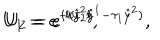
U _ { 1 } = e ^ { - i \hat { y } ^ { 2 } l } , \hspace { 1 0 m m } U _ { 2 } = e ^ { i l ( \tau _ { 2 } \hat { y } ^ { 1 } - \tau _ { 1 } \hat { y } ^ { 2 } ) } ,